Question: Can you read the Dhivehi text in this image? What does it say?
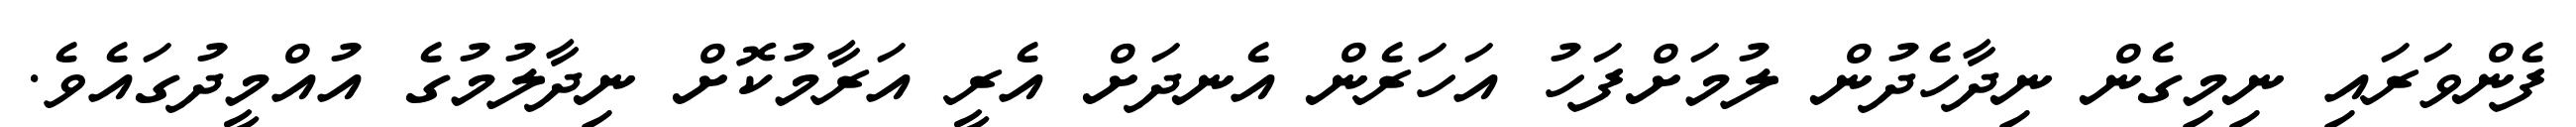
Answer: ފެންވަރައި ނިމިގެން ނިދާހެދުން ލުމަށްފަހު އަހަރެން އެނދަށް އެރީ އަރާމުކޮށް ނިދާލުމުގެ އުއްމީދުގައެވެ.